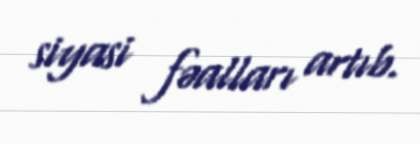
siyasi fəalları artıb.